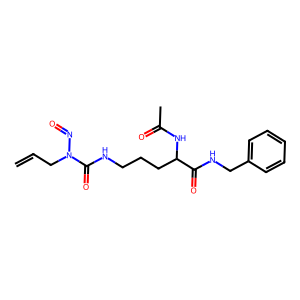
SMILES: C=CCN(N=O)C(=O)NCCCC(NC(C)=O)C(=O)NCc1ccccc1
Inhibits HIV replication: No